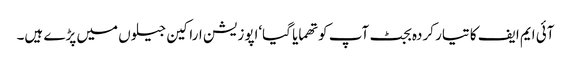
آئی ایم ایف کا تیار کردہ بجٹ آپ کو تھمایا گیا‘اپوزیشن اراکین جیلوں میں پڑے ہیں۔